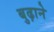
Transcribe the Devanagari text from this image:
बुढ़ाने